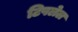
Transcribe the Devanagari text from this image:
टिपलेल